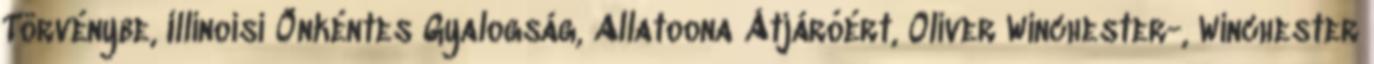
Törvénybe, Illinoisi Önkéntes Gyalogság, Allatoona Átjáróért, Oliver Winchester-, Winchester